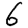
Digit: 6